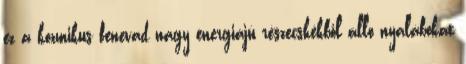
ez a kozmikus fenevad nagy energiájú részecskékből álló nyalábokat